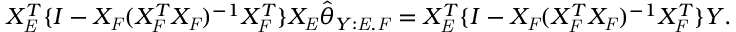
\begin{array} { r } { X _ { \mathit { E } } ^ { T } \{ I - X _ { \mathit { F } } ( X _ { \mathit { F } } ^ { T } X _ { \mathit { F } } ) ^ { - 1 } X _ { \mathit { F } } ^ { T } \} X _ { \mathit { E } } \hat { \theta } _ { Y : \mathit { E } . \mathit { F } } = X _ { \mathit { E } } ^ { T } \{ I - X _ { \mathit { F } } ( X _ { \mathit { F } } ^ { T } X _ { \mathit { F } } ) ^ { - 1 } X _ { \mathit { F } } ^ { T } \} Y . } \end{array}